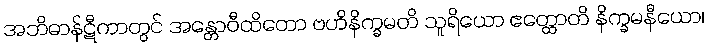
အဘိဓာန်ဋီကာတွင် အန္တောဝီထိတော ဗဟိနိက္ခမတိ သူရိယော ဧတ္ထောတိ နိက္ခမနီယော၊